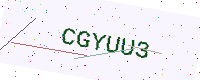
Text: CGYUU3